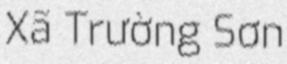
Xã Trường Sơn